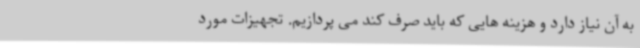
به آن نیاز دارد و هزینه هایی که باید صرف کند می پردازیم. تجهیزات مورد